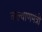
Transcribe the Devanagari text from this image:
कल्याणमंत्री